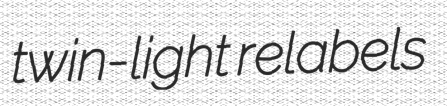
twin-light relabels